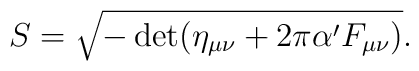
S = \sqrt{-\det (\eta_{\mu \nu} + 2 \pi \alpha' F_{\mu \nu})}.